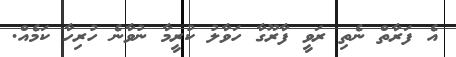
އެ ފަރާތް ނެތި ރަވީ ފާރޫގާ ހަވާލު ކުރީމާ ނުވާނެ ހުރިހާ ކަމެއް.